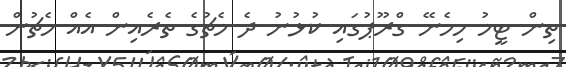
ތިން ޓީމު ހިމެނޭ ގްރޫޕުގައި ކުޅުނު ދެ މެޗުގެ ތެރެއިން އެއް މެޗުން